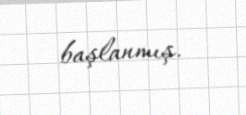
başlanmış.